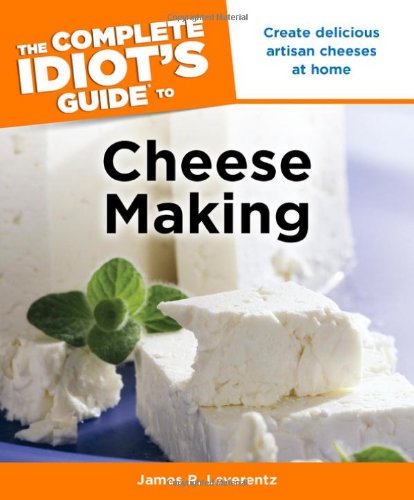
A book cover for The Complete Idiot's Guide to Cheese Making (Complete Idiot's Guides (Lifestyle Paperback)); James R. Leverentz; Cookbooks, Food & Wine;